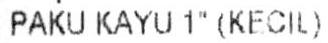
PAKU KAYU 1" (KECIL)